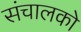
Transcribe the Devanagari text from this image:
संचालको